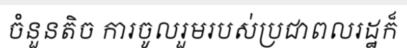
ចំនួនតិច ការចូលរួមរបស់ប្រជាពលរដ្ឋក៏